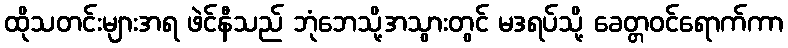
ထိုသတင်းများအရ ဖဲင်နီသည် ဘုံဘေသို့အသွားတွင် မဒရပ်သို့ ခေတ္တဝင်ရောက်ကာ